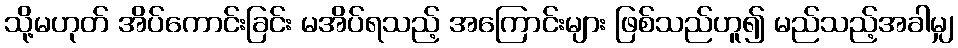
သို့မဟုတ် အိပ်ကောင်းခြင်း မအိပ်ရသည့် အကြောင်းများ ဖြစ်သည်ဟူ၍ မည်သည့်အခါမျှ